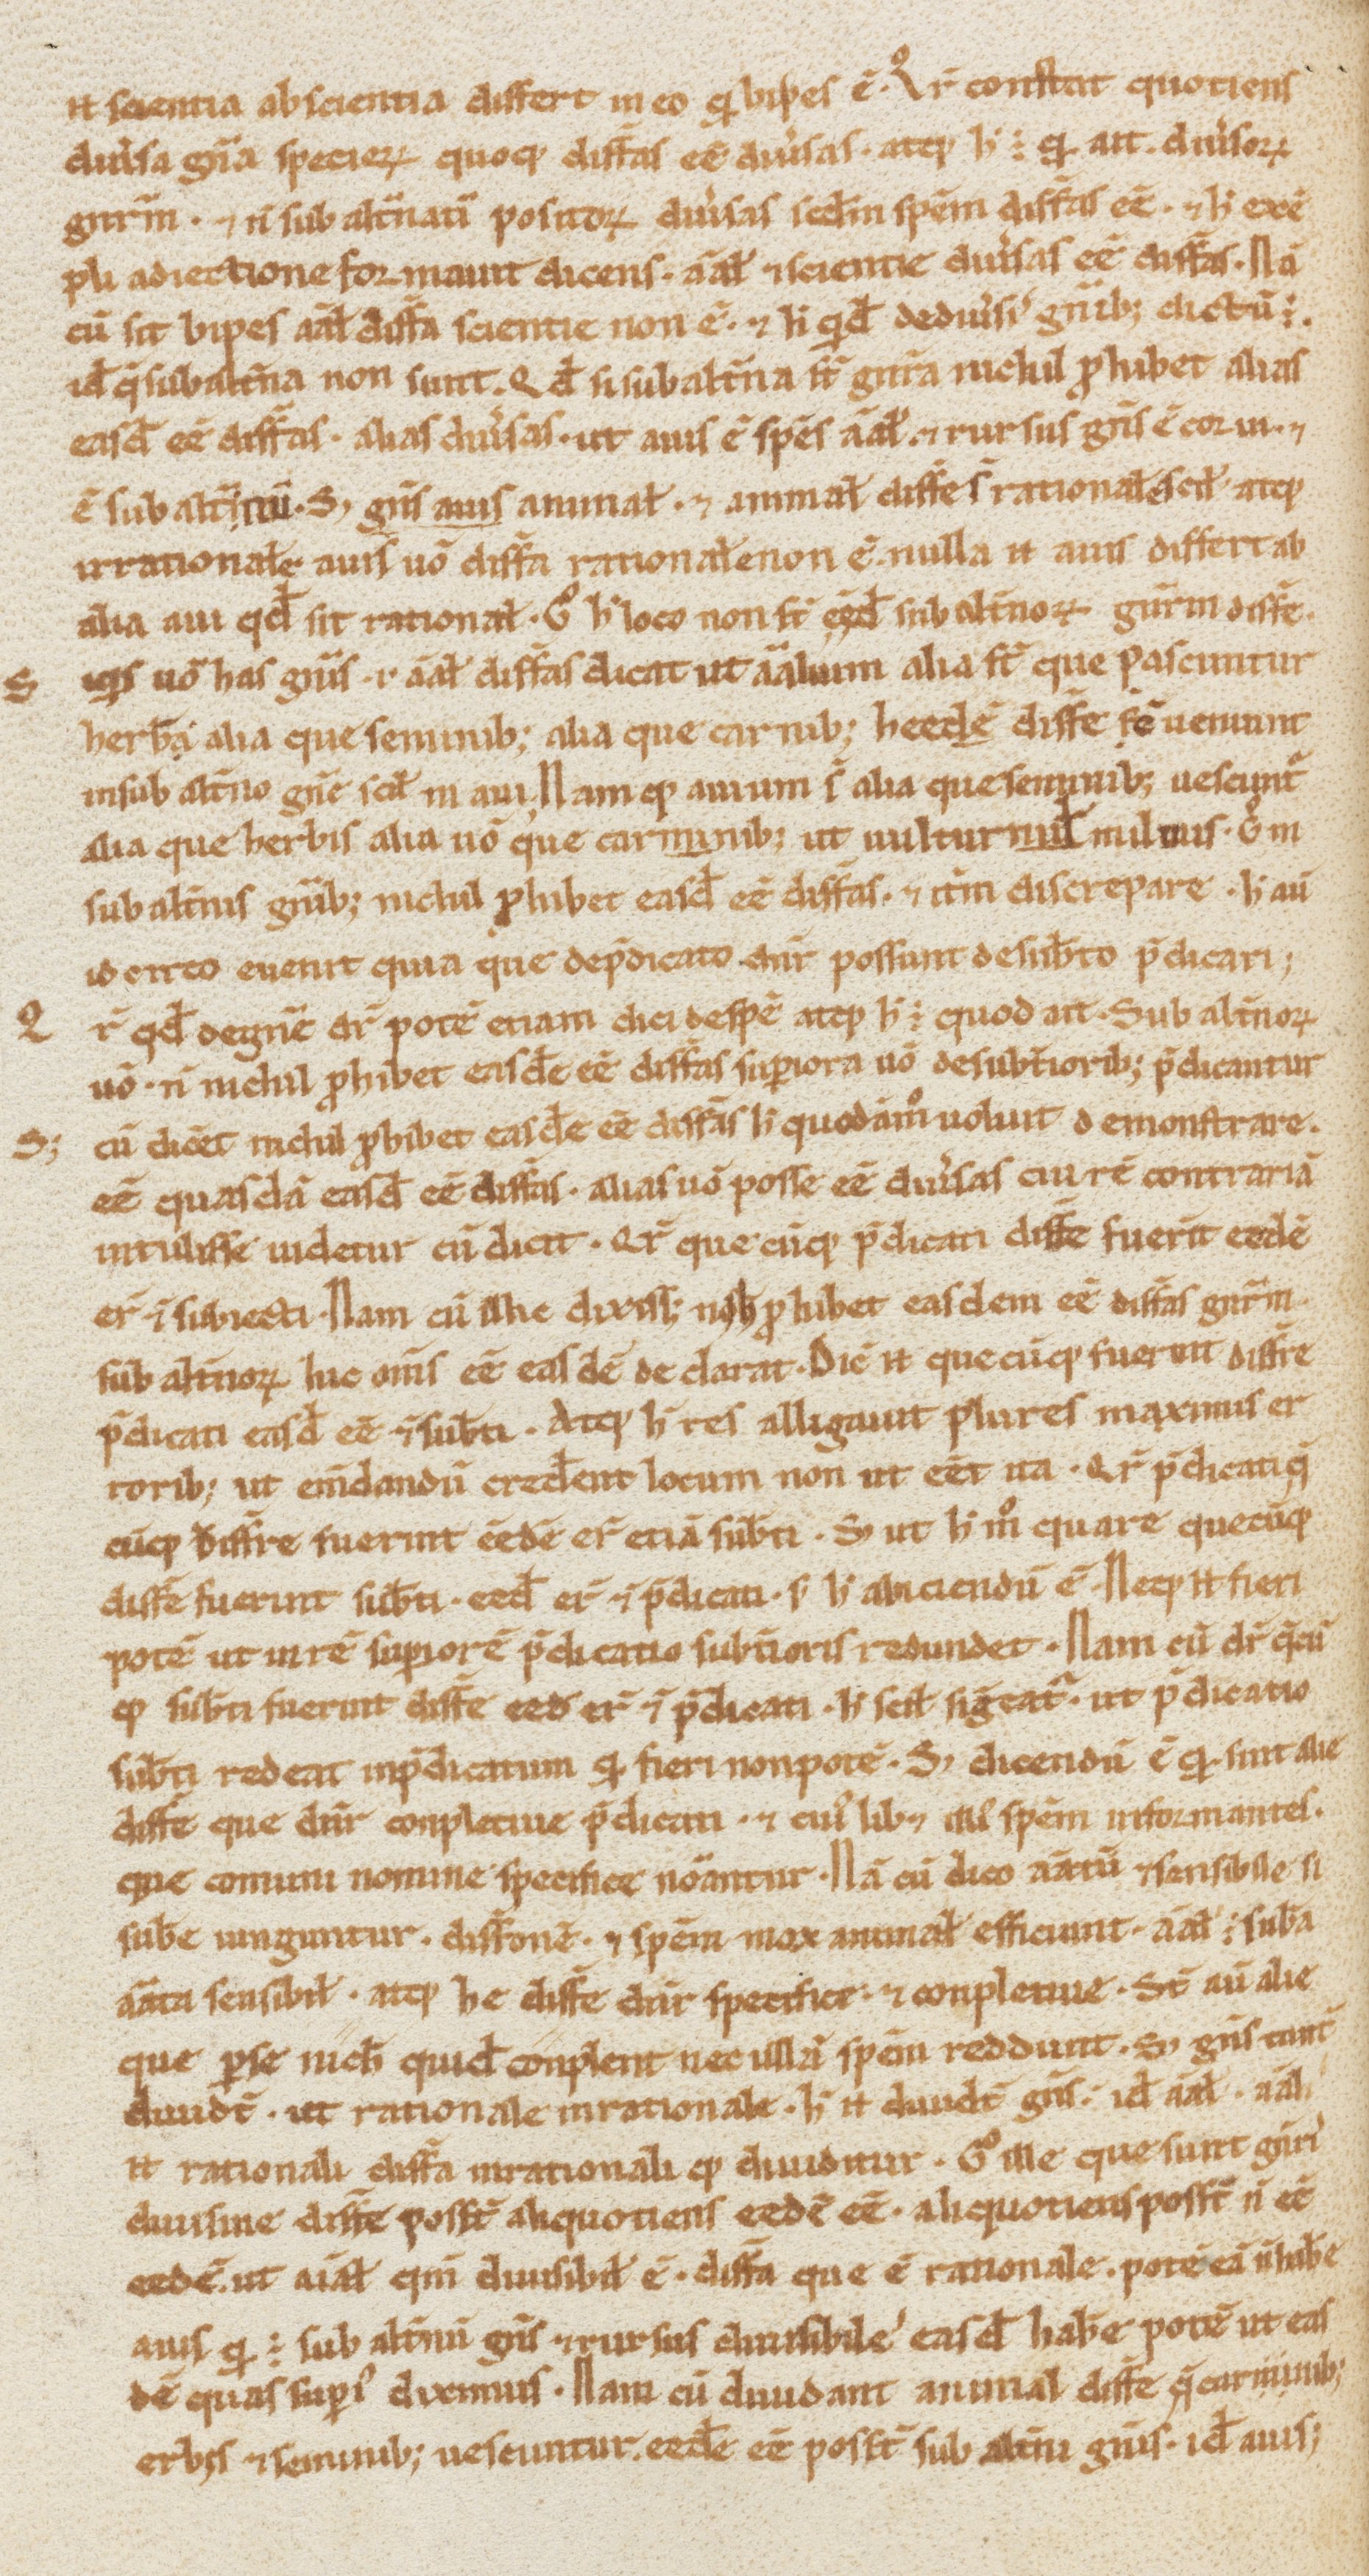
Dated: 1000–1199